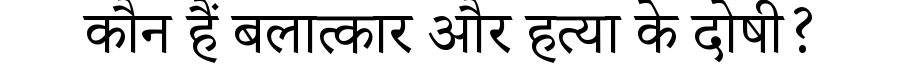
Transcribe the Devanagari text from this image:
कौन हैं बलात्कार और हत्या के दोषी?